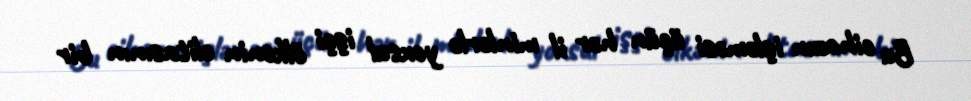
Bu cihazın işləməsi üçün hər il minlərlə yoxsul işçi ölkənin elitasının bir